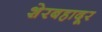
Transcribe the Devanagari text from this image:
शेरबहादूर